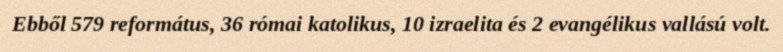
Ebből 579 református, 36 római katolikus, 10 izraelita és 2 evangélikus vallású volt.